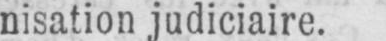
nisation judiciaire.